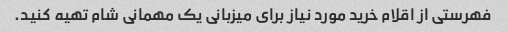
فهرستی از اقلام خرید مورد نیاز برای میزبانی یک مهمانی شام تهیه کنید.